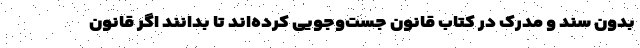
بدون سند و مدرک در کتاب قانون جست‌وجویی کرده‌اند تا بدانند اگر قانون